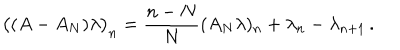
LaTeX: \bigl ( ( A - A _ { N } ) \lambda \bigr ) _ { n } = \frac { n - N } { N } ( A _ { N } \lambda ) _ { n } + \lambda _ { n } - \lambda _ { n + 1 } \, .